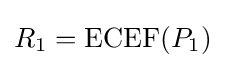
R_{1}=\mathrm {ECEF} (P_{1})